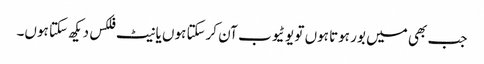
جب بھی میں بور ہوتا ہوں تو یو ٹیوب آن کرسکتا ہوں یا نیٹ فلکس دیکھ سکتا ہوں۔